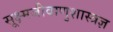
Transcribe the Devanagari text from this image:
सूक्ष्मजीवाणुशास्त्रज्ञ